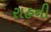
રાહની